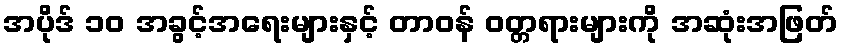
အပိုဒ် ၁၀ အခွင့်အရေးများနှင့် တာဝန် ဝတ္တရားများကို အဆုံးအဖြတ်